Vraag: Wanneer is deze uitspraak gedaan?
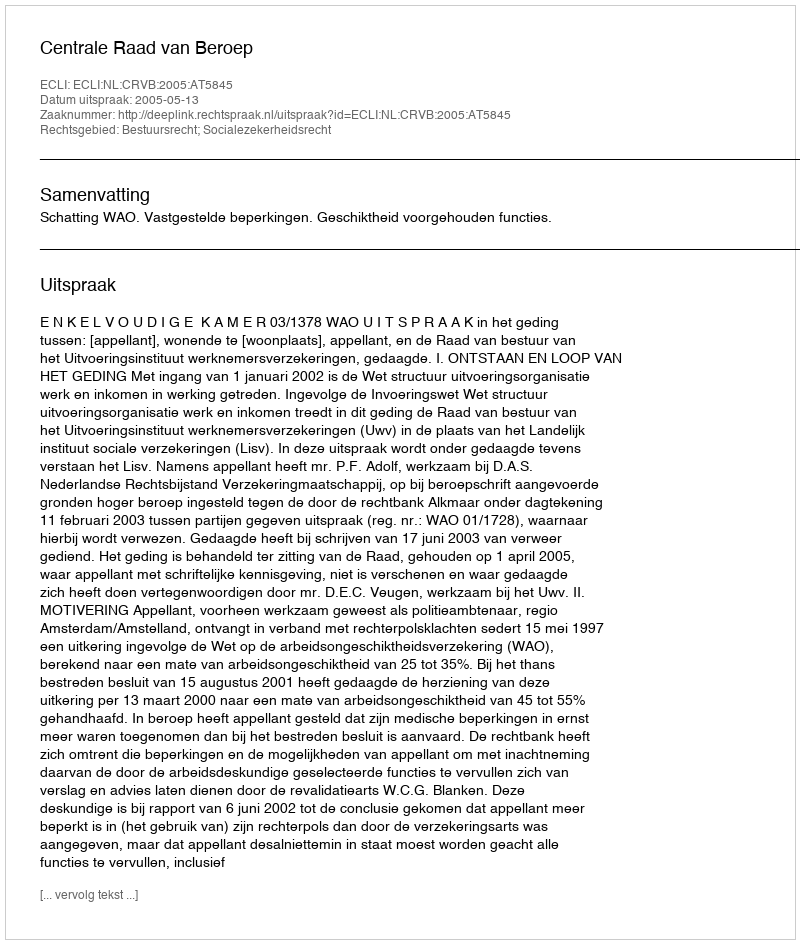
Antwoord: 2005-05-13